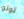
توتو